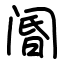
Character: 阍